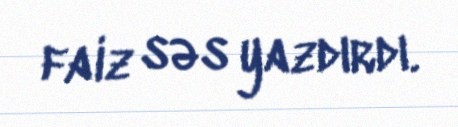
faiz səs yazdırdı.